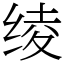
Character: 绫